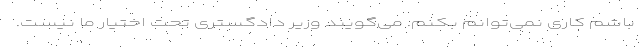
باشم کاری نمی‌توانم بکنم. می‌گویند وزیر دادگستری تحت اختیار ما نیست.